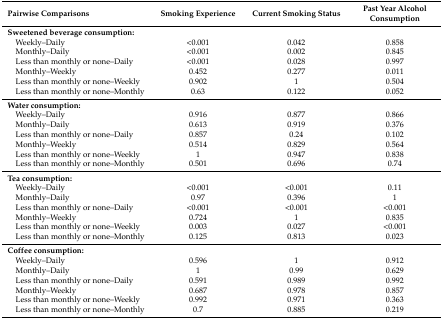
<table><thead><tr><td><b>Pairwise Comparisons</b></td><td><b>Smoking Experience</b></td><td><b>Current Smoking Status</b></td><td><b>Past Year Alcohol Consumption</b></td></tr></thead><tbody><tr><td><b>Sweetened beverage consumption:</b></td><td></td><td></td><td></td></tr><tr><td> Weekly–Daily</td><td>&lt;0.001</td><td>0.042</td><td>0.858</td></tr><tr><td> Monthly–Daily</td><td>&lt;0.001</td><td>0.002</td><td>0.845</td></tr><tr><td> Less than monthly or none–Daily</td><td>&lt;0.001</td><td>0.028</td><td>0.997</td></tr><tr><td> Monthly–Weekly</td><td>0.452</td><td>0.277</td><td>0.011</td></tr><tr><td> Less than monthly or none–Weekly</td><td>0.902</td><td>1</td><td>0.504</td></tr><tr><td> Less than monthly or none–Monthly</td><td>0.63</td><td>0.122</td><td>0.052</td></tr><tr><td><b>Water consumption:</b></td><td></td><td></td><td></td></tr><tr><td> Weekly–Daily</td><td>0.916</td><td>0.877</td><td>0.866</td></tr><tr><td> Monthly–Daily</td><td>0.613</td><td>0.919</td><td>0.376</td></tr><tr><td> Less than monthly or none–Daily</td><td>0.857</td><td>0.24</td><td>0.102</td></tr><tr><td> Monthly–Weekly</td><td>0.514</td><td>0.829</td><td>0.564</td></tr><tr><td> Less than monthly or none–Weekly</td><td>1</td><td>0.947</td><td>0.838</td></tr><tr><td> Less than monthly or none–Monthly</td><td>0.501</td><td>0.696</td><td>0.74</td></tr><tr><td><b>Tea consumption:</b></td><td></td><td></td><td></td></tr><tr><td> Weekly–Daily</td><td>&lt;0.001</td><td>&lt;0.001</td><td>0.11</td></tr><tr><td> Monthly–Daily</td><td>0.97</td><td>0.396</td><td>1</td></tr><tr><td> Less than monthly or none–Daily</td><td>&lt;0.001</td><td>&lt;0.001</td><td>&lt;0.001</td></tr><tr><td> Monthly–Weekly</td><td>0.724</td><td>1</td><td>0.835</td></tr><tr><td> Less than monthly or none–Weekly</td><td>0.003</td><td>0.027</td><td>&lt;0.001</td></tr><tr><td> Less than monthly or none–Monthly</td><td>0.125</td><td>0.813</td><td>0.023</td></tr><tr><td><b>Coffee consumption:</b></td><td></td><td></td><td></td></tr><tr><td> Weekly–Daily</td><td>0.596</td><td>1</td><td>0.912</td></tr><tr><td> Monthly–Daily</td><td>1</td><td>0.99</td><td>0.629</td></tr><tr><td> Less than monthly or none–Daily</td><td>0.591</td><td>0.989</td><td>0.992</td></tr><tr><td> Monthly–Weekly</td><td>0.687</td><td>0.978</td><td>0.857</td></tr><tr><td> Less than monthly or none–Weekly</td><td>0.992</td><td>0.971</td><td>0.363</td></tr><tr><td> Less than monthly or none–Monthly</td><td>0.7</td><td>0.885</td><td>0.219</td></tr></tbody></table>